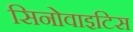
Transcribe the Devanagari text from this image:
सिनोवाइटिस